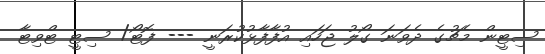
ސިޓީން މެޗުގެ ދެވަނަ ގޯލު ޖަހައި އުފާފާޅުކުރަނީ --- ފޮޓޯ/ ސިޓީ ޓްވިޓާ